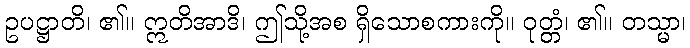
ဥပဋ္ဌာတိ၊ ၏။ ဣတိအာဒိ၊ ဤသို့အစ ရှိသောစကားကို။ ဝုတ္တံ၊ ၏။ တသ္မာ၊